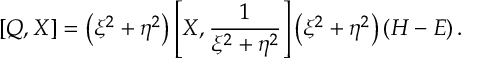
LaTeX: \left[ Q , X \right] = \left( \xi ^ { 2 } + \eta ^ { 2 } \right) \left[ X , \frac { 1 } { \xi ^ { 2 } + \eta ^ { 2 } } \right] \left( \xi ^ { 2 } + \eta ^ { 2 } \right) \left( H - E \right) .